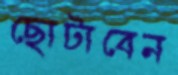
ছোটাবেন